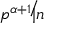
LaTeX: p ^ { \alpha + 1 } \not | n